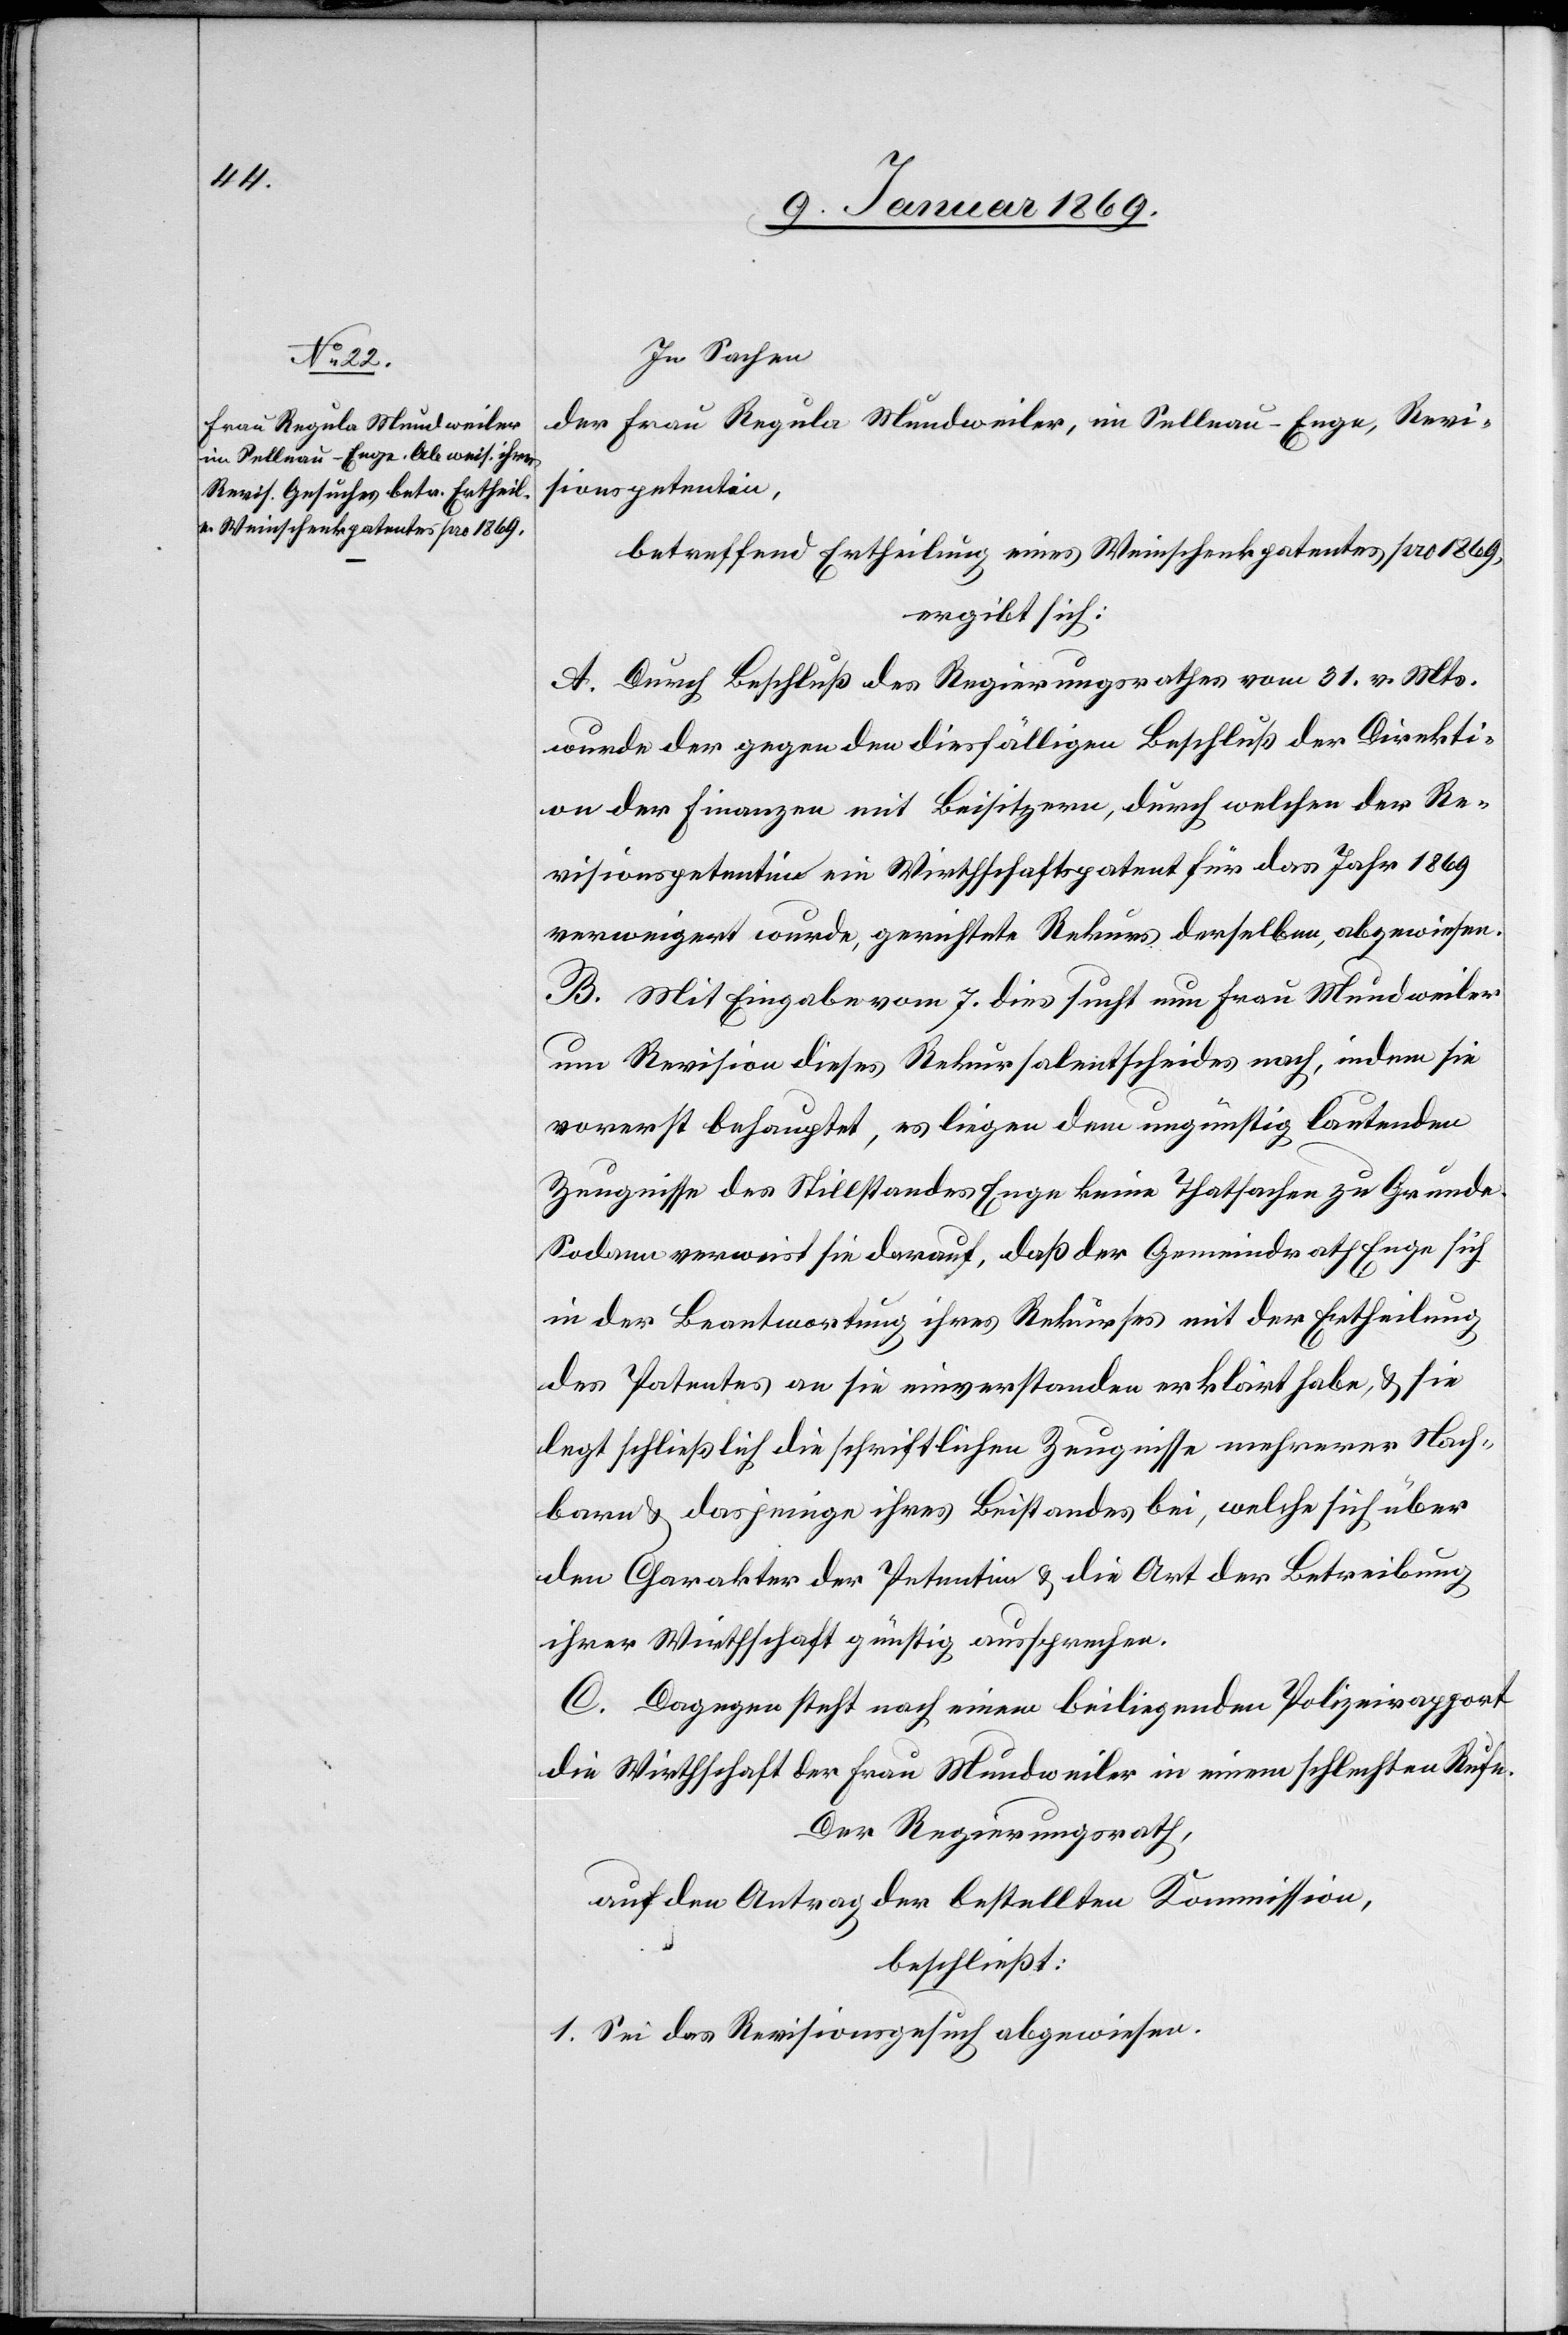
In Sachen
der Frau Regula Mundweiler, in Sellnau - Enge, Revi¬
sionspetentin,
betreffend Ertheilung eines Weinschenkpatentes pro 1869,
ergibt sich:
A. Durch Beschluß des Bezirksrathes 31. v. Mts.
wurde der gegen den diesfälligen Beschluß der Direkti¬
on der Finanzen mit Beisitzern, durch welchen der Re¬
visionspetentin ein Weinschenkpatent für das Jahr 1869
verweigert wurde, gerichtete Rekurs derselben, abgewiesen.
B. Mit Eingabe vom 7. dies sucht nun Frau Mundweiler
um Revision dieses Rekursalentscheides nach, indem sie
vorerst behauptet, es liegen dem ungünstig lautenden
Zeugnisse des Stillstandes Enge keine Thatsachen zu Grunde.
Sodann verweist sie darauf, daß der Gemeindrath Enge sich
in der Beantwortung ihres Rekurses mit der Ertheilung
des Patentes an sie einverstanden erklärt habe, & sie
legt schließlich die schriftlichen Zeugnisse mehrerer Nach¬
barn & dasjenige ihres Beistandes bei, welche sich über
den Charakter der Petentin & die Art der Betreibung
ihrer Wirthschaft günstig aussprechen.
C. Dagegen steht nach einem beiliegenden Polizeirapport
die Wirthschaft der Frau Mundweiler in einem schlechten Rufe.
Der Regierungsrath,
auf den Antrag der bestellten Kommission,
beschließt:
1. Sei das Revisionsgesuch abgewiesen.